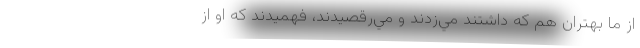
از ما بهتران هم كه داشتند مي‌زدند و مي‌رقصيدند، فهميدند كه او از